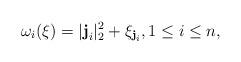
LaTeX: \begin{align*}\omega_{i}(\xi)= |{\textbf{j}}_i|_2^2+ \xi_{{\textbf{j}}_i}, 1\leq i\leq n,\end{align*}